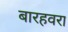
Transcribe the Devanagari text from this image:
बारहवरा